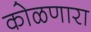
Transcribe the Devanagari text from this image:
कोळणारा